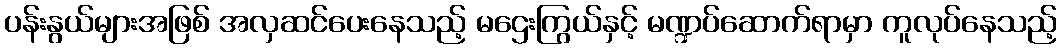
ပန်းနွယ်များအဖြစ် အလှဆင်ပေးနေသည့် မဌေးကြွယ်နှင့် မဏ္ဍပ်ဆောက်ရာမှာ ကူလုပ်နေသည့်